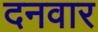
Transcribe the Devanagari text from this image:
दनवार